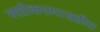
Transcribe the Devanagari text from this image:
स्पष्टीकरणासहीत